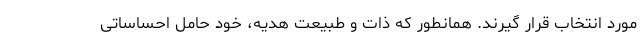
مورد انتخاب قرار گیرند. همانطور که ذات و طبیعت هدیه، خود حامل احساساتی